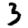
Digit: 3